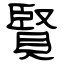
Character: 賢